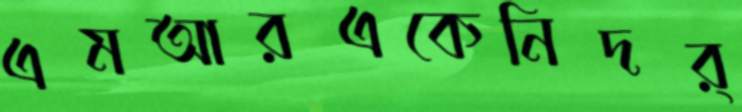
এমআরএকেনিদর্